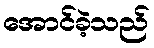
အောင်ခဲ့သည်